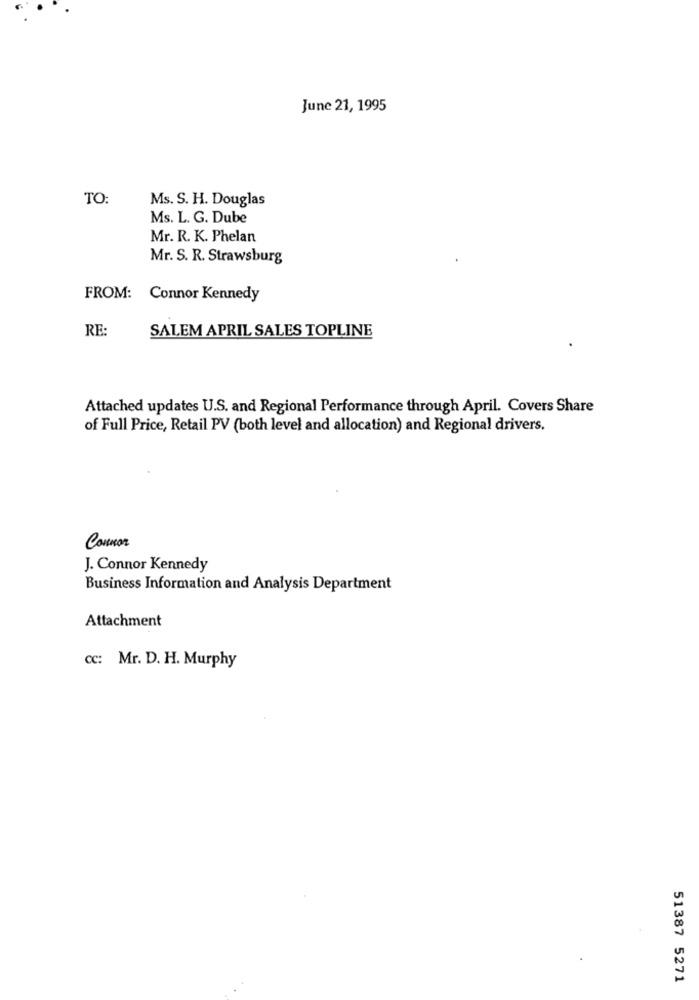
June 21, 1995
TO:
Ms. S. H. Douglas
Ms. L. G. Dube
Mr. R. K. Phelan
Mr. S. R. Strawsburg
FROM: Connor Kennedy
RE:
SALEM APRIL SALES TOPLINE
Attached updates U.S. and Regional Performance through April. Covers Share
of Full Price, Retail PV (both level and allocation) and Regional drivers.
Conor
J. Connor Kennedy
Business Information and Analysis Department
Attachment
cc: Mr. D. H. Murphy
51387 5271